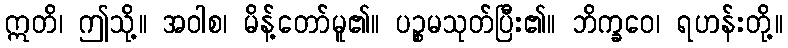
ဣတိ၊ ဤသို့။ အဝါစ၊ မိန့်တော်မူ၏။ ပဉ္စမသုတ်ပြီး၏။ ဘိက္ခဝေ၊ ရဟန်းတို့။